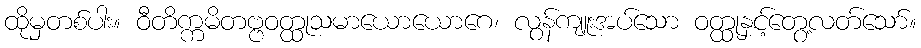
ထိုမှတစ်ပါး။ ဝီတိက္ကမိတဗ္ဗဝတ္ထုသမာယောယောဂေ၊ လွန်ကျူးအပ်သော ဝတ္ထုနှင့်တွေ့လတ်သော်။